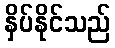
နှိပ်နိုင်သည်